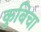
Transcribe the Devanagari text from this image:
कुबिचा